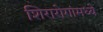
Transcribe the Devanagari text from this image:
शिरारोगांमध्ये